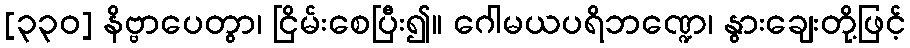
[၃၃၀] နိဗ္ဗာပေတွာ၊ ငြိမ်းစေပြီး၍။ ဂေါမယပရိဘဏ္ဍေ၊ နွားချေးတို့ဖြင့်